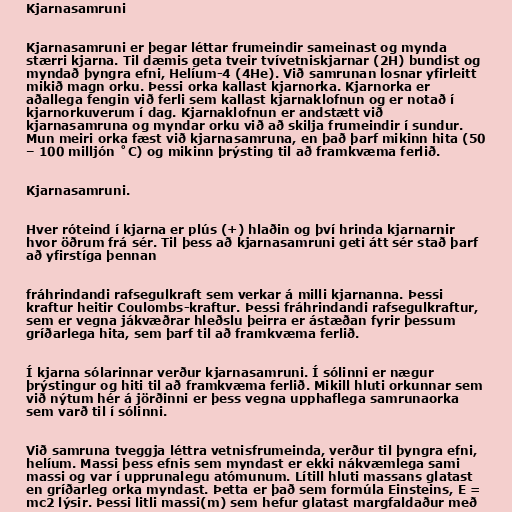
Kjarnasamruni

Kjarnasamruni er þegar léttar frumeindir sameinast og mynda
stærri kjarna. Til dæmis geta tveir tvívetniskjarnar (2H) bundist og
myndað þyngra efni, Helíum-4 (4He). Við samrunan losnar yfirleitt
mikið magn orku. Þessi orka kallast kjarnorka. Kjarnorka er
aðallega fengin við ferli sem kallast kjarnaklofnun og er notað í
kjarnorkuverum í dag. Kjarnaklofnun er andstætt við
kjarnasamruna og myndar orku við að skilja frumeindir í sundur.
Mun meiri orka fæst við kjarnasamruna, en það þarf mikinn hita (50
– 100 milljón ˚C) og mikinn þrýsting til að framkvæma ferlið.

Kjarnasamruni.

Hver róteind í kjarna er plús (+) hlaðin og því hrinda kjarnarnir
hvor öðrum frá sér. Til þess að kjarnasamruni geti átt sér stað þarf
að yfirstíga þennan

fráhrindandi rafsegulkraft sem verkar á milli kjarnanna. Þessi
kraftur heitir Coulombs-kraftur. Þessi fráhrindandi rafsegulkraftur,
sem er vegna jákvæðrar hleðslu þeirra er ástæðan fyrir þessum
gríðarlega hita, sem þarf til að framkvæma ferlið.

Í kjarna sólarinnar verður kjarnasamruni. Í sólinni er nægur
þrýstingur og hiti til að framkvæma ferlið. Mikill hluti orkunnar sem
við nýtum hér á jörðinni er þess vegna upphaflega samrunaorka
sem varð til í sólinni.

Við samruna tveggja léttra vetnisfrumeinda, verður til þyngra efni,
helíum. Massi þess efnis sem myndast er ekki nákvæmlega sami
massi og var í upprunalegu atómunum. Lítill hluti massans glatast
en gríðarleg orka myndast. Þetta er það sem formúla Einsteins, E =
mc2 lýsir. Þessi litli massi(m) sem hefur glatast margfaldaður með